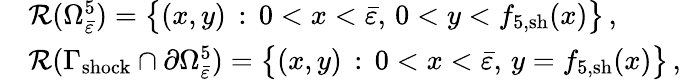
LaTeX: \begin{array}{rl}&{\mathcal{R}(\Omega_{\bar{\varepsilon}}^{5})=\big\{ (x,y)\, :\, 0<x<\bar{\varepsilon},\, 0<y<{f}_{5,\mathrm{sh}}(x)\big\} \, ,}\\ &{\mathcal{R}(\Gamma_{\mathrm{shock}}\cap\partial\Omega_{\bar{\varepsilon}}^{5})=\big\{ (x,y)\, :\, 0<x<\bar{\varepsilon},\, y={f}_{5,\mathrm{sh}}(x)\big\} \, ,}\end{array}